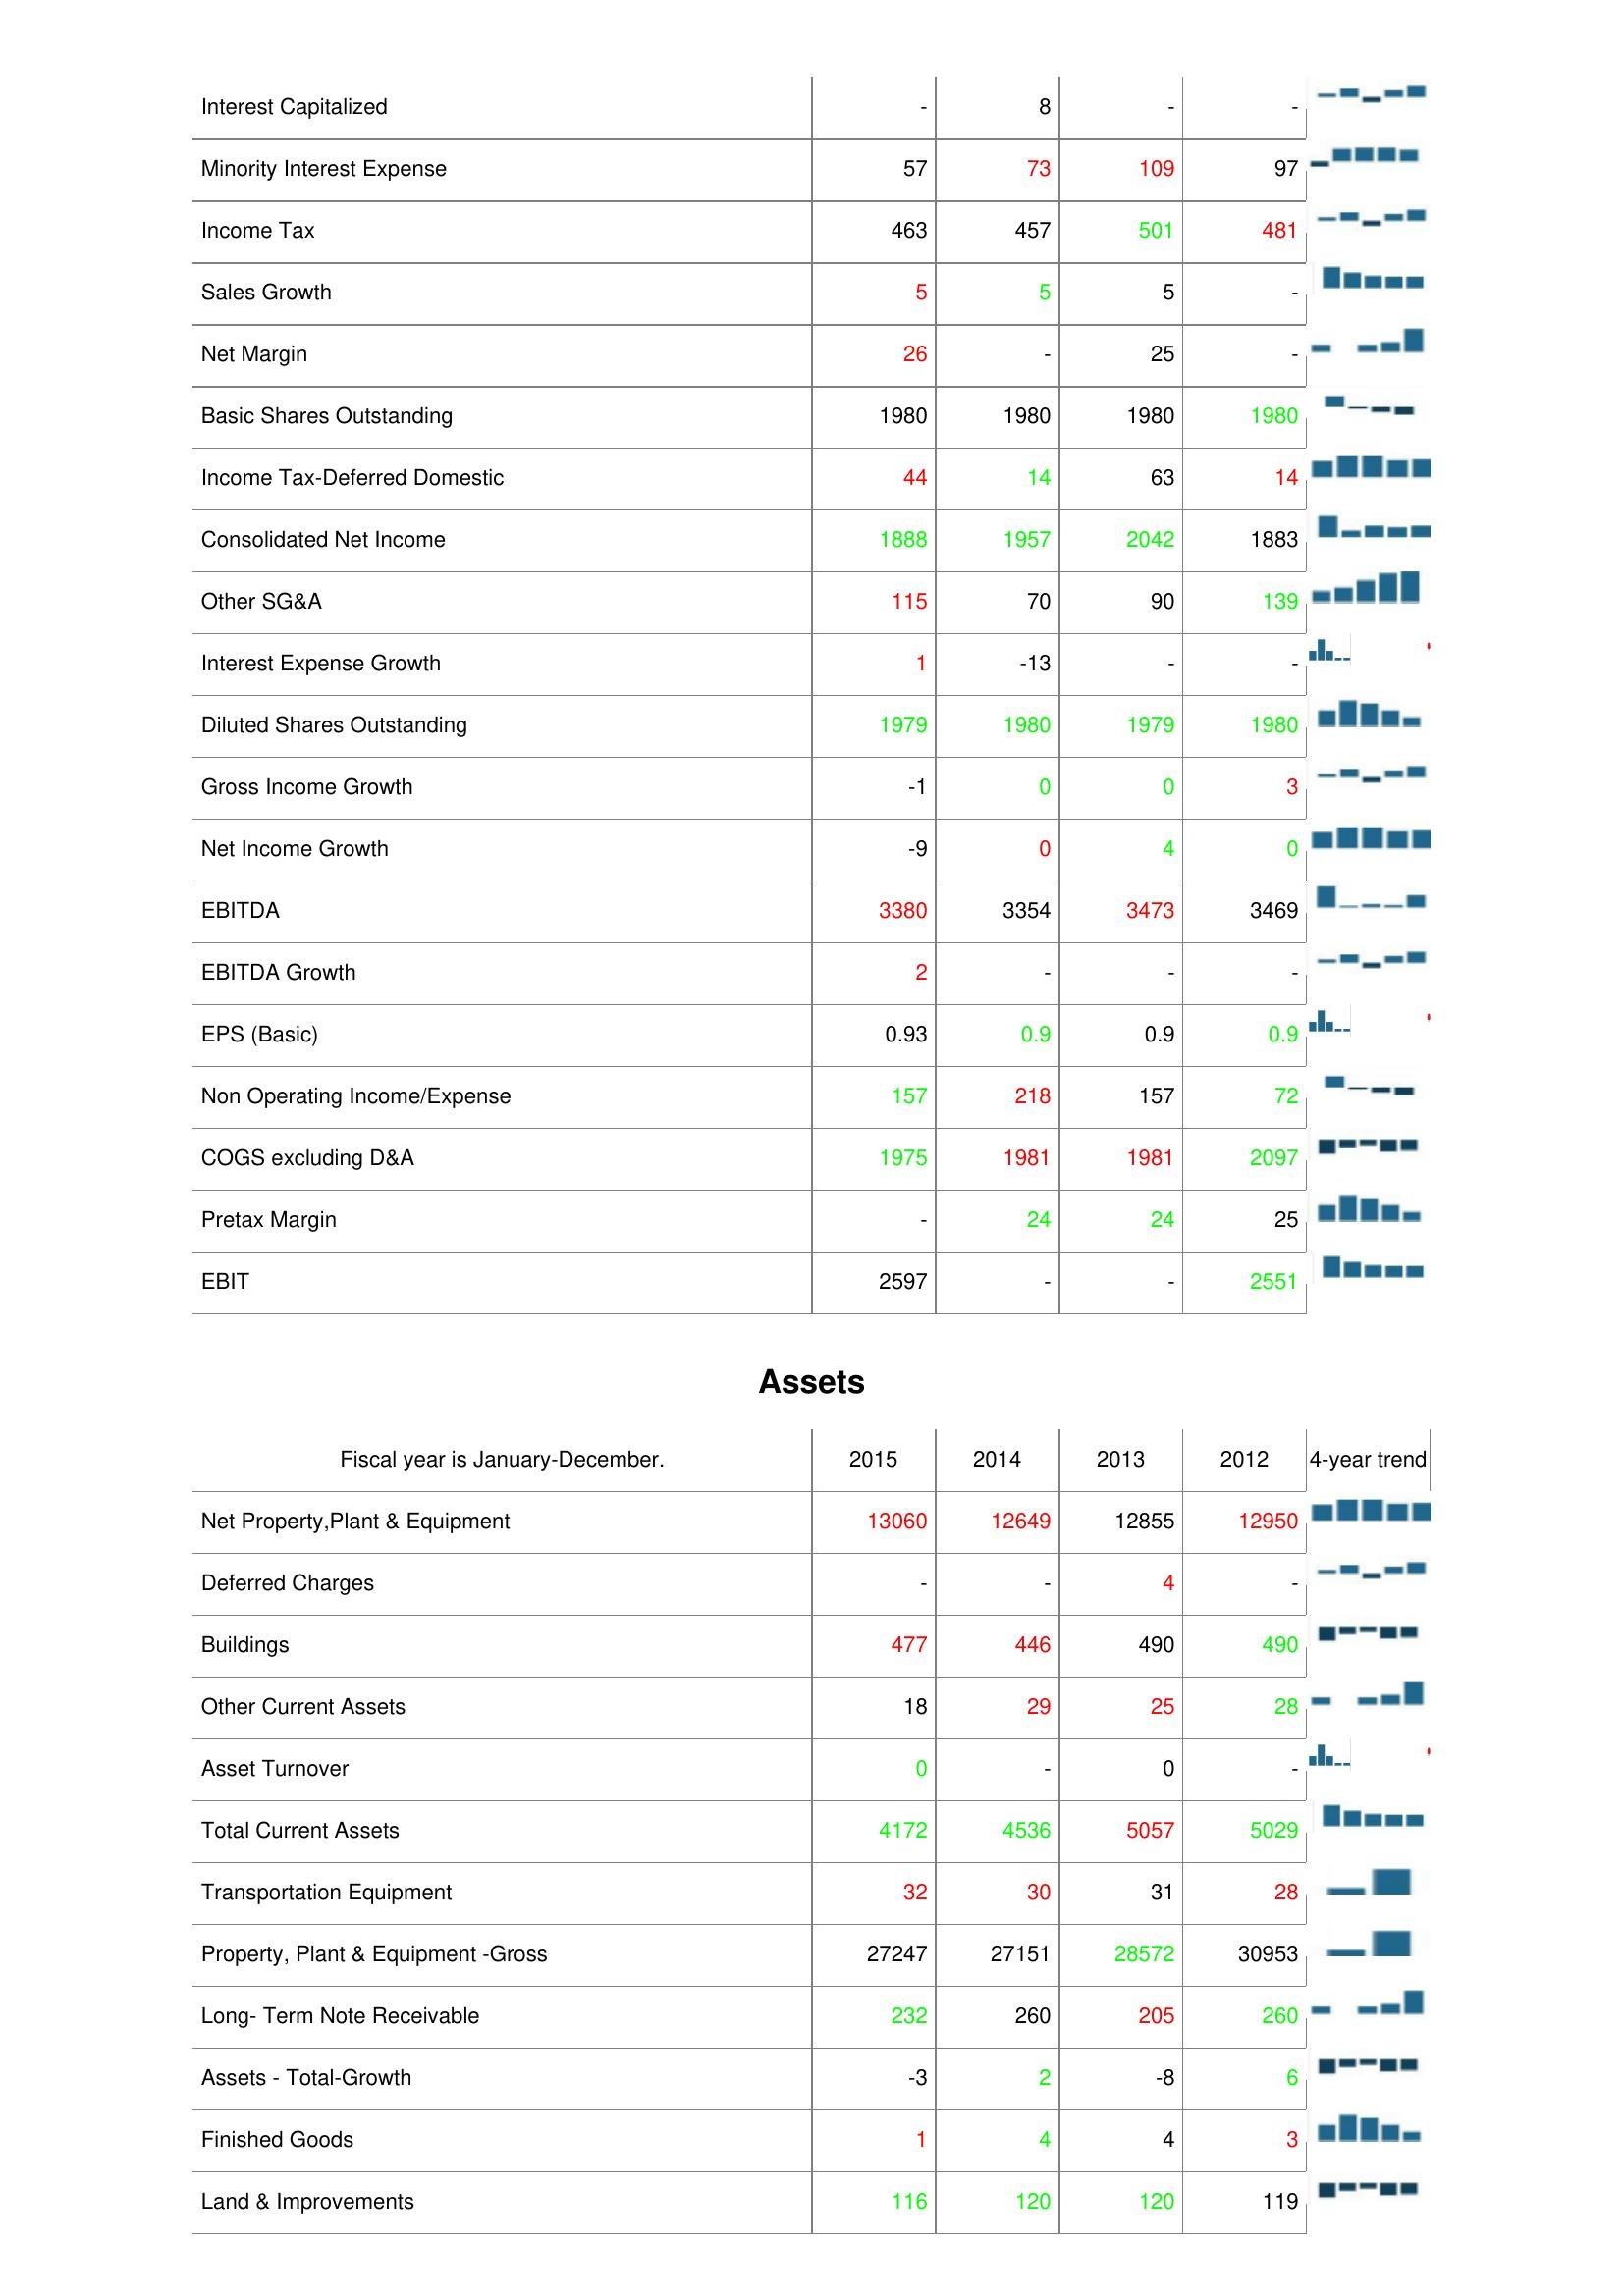
2015: : Interest Capitalized: -
Minority Interest Expense: 57
Income Tax: 463
Sales Growth: 5
Net Margin: 26
Basic Shares Outstanding: 1980
Income Tax-Deferred Domestic: 44
Consolidated Net Income: 1888
Other SG&A: 115
Interest Expense Growth: 1
Diluted Shares Outstanding: 1979
Gross Income Growth: -1
Net Income Growth: -9
EBITDA: 3380
EBITDA Growth: 2
EPS (Basic): 0.93
Non Operating Income/Expense: 157
COGS excluding D&A: 1975
Pretax Margin: -
EBIT: 2597
Assets: Net Property,Plant & Equipment: 13060
Deferred Charges: -
Buildings: 477
Other Current Assets: 18
Asset Turnover: 0
Total Current Assets: 4172
Transportation Equipment: 32
Property, Plant & Equipment -Gross: 27247
Long- Term Note Receivable: 232
Assets - Total-Growth: -3
Finished Goods: 1
Land & Improvements: 116
2014: : Interest Capitalized: 8
Minority Interest Expense: 73
Income Tax: 457
Sales Growth: 5
Net Margin: -
Basic Shares Outstanding: 1980
Income Tax-Deferred Domestic: 14
Consolidated Net Income: 1957
Other SG&A: 70
Interest Expense Growth: -13
Diluted Shares Outstanding: 1980
Gross Income Growth: 0
Net Income Growth: 0
EBITDA: 3354
EBITDA Growth: -
EPS (Basic): 0.9
Non Operating Income/Expense: 218
COGS excluding D&A: 1981
Pretax Margin: 24
EBIT: -
Assets: Net Property,Plant & Equipment: 12649
Deferred Charges: -
Buildings: 446
Other Current Assets: 29
Asset Turnover: -
Total Current Assets: 4536
Transportation Equipment: 30
Property, Plant & Equipment -Gross: 27151
Long- Term Note Receivable: 260
Assets - Total-Growth: 2
Finished Goods: 4
Land & Improvements: 120
2013: : Interest Capitalized: -
Minority Interest Expense: 109
Income Tax: 501
Sales Growth: 5
Net Margin: 25
Basic Shares Outstanding: 1980
Income Tax-Deferred Domestic: 63
Consolidated Net Income: 2042
Other SG&A: 90
Interest Expense Growth: -
Diluted Shares Outstanding: 1979
Gross Income Growth: 0
Net Income Growth: 4
EBITDA: 3473
EBITDA Growth: -
EPS (Basic): 0.9
Non Operating Income/Expense: 157
COGS excluding D&A: 1981
Pretax Margin: 24
EBIT: -
Assets: Net Property,Plant & Equipment: 12855
Deferred Charges: 4
Buildings: 490
Other Current Assets: 25
Asset Turnover: 0
Total Current Assets: 5057
Transportation Equipment: 31
Property, Plant & Equipment -Gross: 28572
Long- Term Note Receivable: 205
Assets - Total-Growth: -8
Finished Goods: 4
Land & Improvements: 120
2012: : Interest Capitalized: -
Minority Interest Expense: 97
Income Tax: 481
Sales Growth: -
Net Margin: -
Basic Shares Outstanding: 1980
Income Tax-Deferred Domestic: 14
Consolidated Net Income: 1883
Other SG&A: 139
Interest Expense Growth: -
Diluted Shares Outstanding: 1980
Gross Income Growth: 3
Net Income Growth: 0
EBITDA: 3469
EBITDA Growth: -
EPS (Basic): 0.9
Non Operating Income/Expense: 72
COGS excluding D&A: 2097
Pretax Margin: 25
EBIT: 2551
Assets: Net Property,Plant & Equipment: 12950
Deferred Charges: -
Buildings: 490
Other Current Assets: 28
Asset Turnover: -
Total Current Assets: 5029
Transportation Equipment: 28
Property, Plant & Equipment -Gross: 30953
Long- Term Note Receivable: 260
Assets - Total-Growth: 6
Finished Goods: 3
Land & Improvements: 119